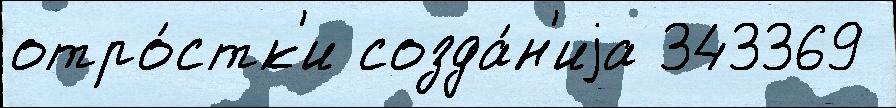
отро́стк'и созда́н'иjа 343369